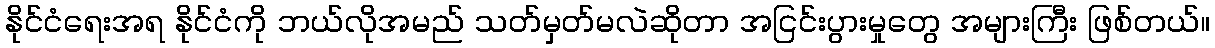
နိုင်ငံရေးအရ နိုင်ငံကို ဘယ်လိုအမည် သတ်မှတ်မလဲဆိုတာ အငြင်းပွားမှုတွေ အများကြီး ဖြစ်တယ်။